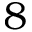
8